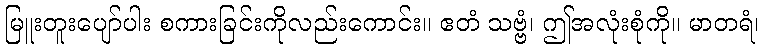
မြူးတူးပျော်ပါး စကားခြင်းကိုလည်းကောင်း။ ဧတံ သဗ္ဗံ၊ ဤအလုံးစုံကို။ မာတရံ၊